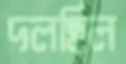
দলছিল